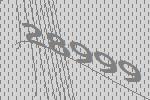
28999